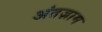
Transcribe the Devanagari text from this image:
अंतज़ाम